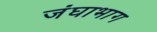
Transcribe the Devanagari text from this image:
जंघाभाग